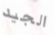
الجيد